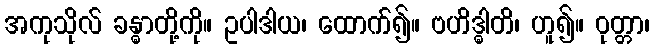
အကုသိုလ် ခန္ဓာတို့ကို။ ဥပါဒါယ၊ ထောက်၍။ ဗဟိဒ္ဓါတိ၊ ဟူ၍။ ဝုတ္တာ၊